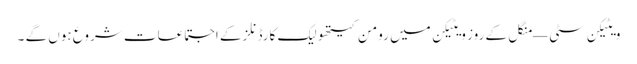
ویٹیکن سٹی — منگل کے روز ویٹیکن میں رومن کیتھولیک کارڈنلز کے اجتماعات شروع ہوں گے ۔